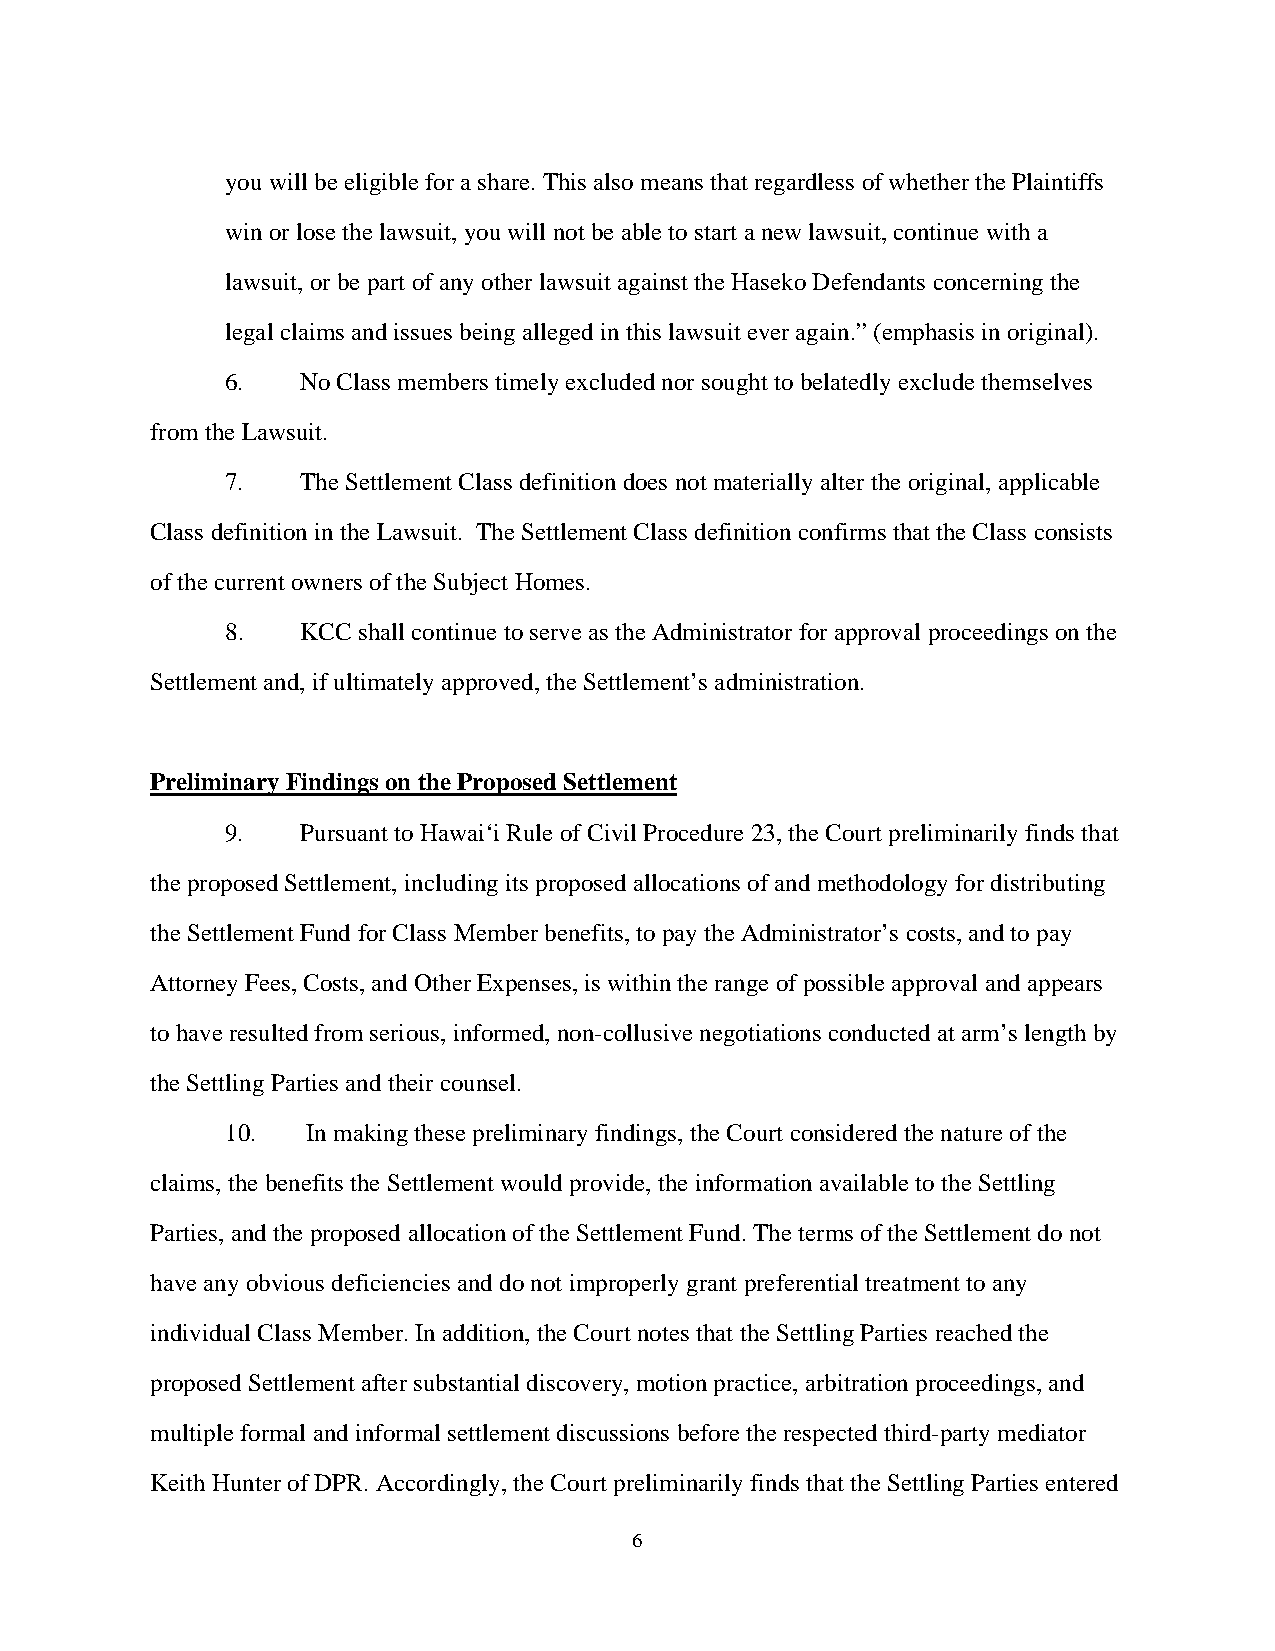
you will be eligible for a share. This also means that regardless of whether the Plaintiffs
 win or lose the lawsuit, you will not be able to start a new lawsuit, continue with a
 lawsuit, or be part of any other lawsuit against the Haseko Defendants concerning the
 legal claims and issues being alleged in this lawsuit ever again.” (emphasis in original).
 6.   No Class members timely excluded nor sought to belatedly exclude themselves
 from the Lawsuit.
 7.   The Settlement Class definition does not materially alter the original, applicable
 Class definition in the Lawsuit. The Settlement Class definition confirms that the Class consists
 of the current owners of the Subject Homes.
 8.   KCC shall continue to serve as the Administrator for approval proceedings on the
 Settlement and, if ultimately approved, the Settlement’s administration.
 Preliminary Findings on the Proposed Settlement
 9.   Pursuant to Hawai‘i Rule of Civil Procedure 23, the Court preliminarily finds that
 the proposed Settlement, including its proposed allocations of and methodology for distributing
 the Settlement Fund for Class Member benefits, to pay the Administrator’s costs, and to pay
 Attorney Fees, Costs, and Other Expenses, is within the range of possible approval and appears
 to have resulted from serious, informed, non-collusive negotiations conducted at arm’s length by
 the Settling Parties and their counsel.
 10.  In making these preliminary findings, the Court considered the nature of the
 claims, the benefits the Settlement would provide, the information available to the Settling
 Parties, and the proposed allocation of the Settlement Fund. The terms of the Settlement do not
 have any obvious deficiencies and do not improperly grant preferential treatment to any
 individual Class Member. In addition, the Court notes that the Settling Parties reached the
 proposed Settlement after substantial discovery, motion practice, arbitration proceedings, and
 multiple formal and informal settlement discussions before the respected third-party mediator
 Keith Hunter of DPR. Accordingly, the Court preliminarily finds that the Settling Parties entered
 6